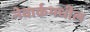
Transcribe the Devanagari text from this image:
नेवार्कमधील